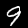
Label: 9